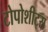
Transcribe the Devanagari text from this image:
टोपोशीट्स